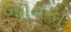
જામકા